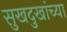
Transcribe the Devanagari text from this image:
सुखदुखांच्या